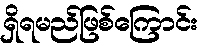
ရှိရမည်ဖြစ်ကြောင်း